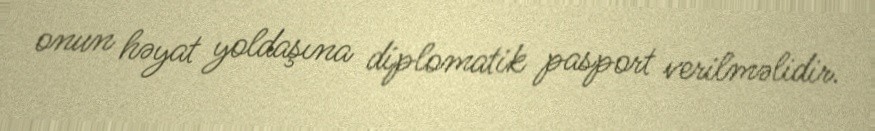
onun həyat yoldaşına diplomatik pasport verilməlidir.